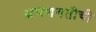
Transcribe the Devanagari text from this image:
भ्रमणगतीची